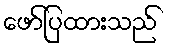
ဖော်ပြထားသည်